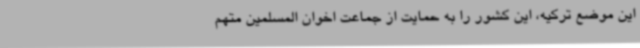
این موضع ترکیه، این کشور را به حمایت از جماعت اخوان المسلمین متهم